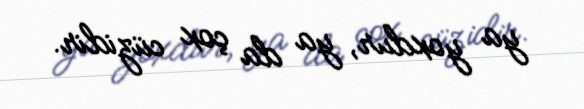
ya yoxdur, ya da çox cüzidir.